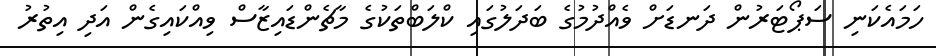
ހަމައެކަނި ސަޕޯޓަރުން ދަނޑަށް ވެއްދުމުގެ ބަދަލުގައި ކްލަބްތަކުގެ މާޗެންޑައިޒާސް ވިއްކައިގެން އަދި އިތުރު